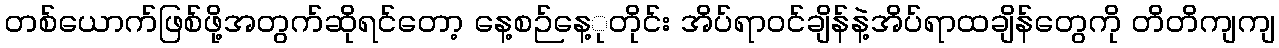
တစ်ယောက်ဖြစ်ဖို့အတွက်ဆိုရင်တော့ နေ့စဉ်နေ့ုတိုင်း အိပ်ရာဝင်ချိန်နဲ့အိပ်ရာထချိန်တွေကို တိတိကျကျ